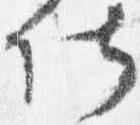
仕